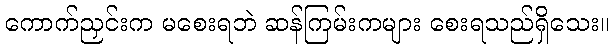
ကောက်ညှင်းက မစေးရဘဲ ဆန်ကြမ်းကများ စေးရသည်ရှိသေး။